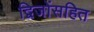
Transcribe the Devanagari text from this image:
द्विजोंसहित